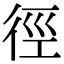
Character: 徑